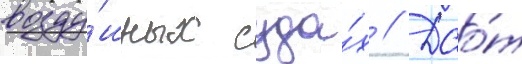
возду́шных суда́х // Дао́т